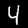
Label: 4